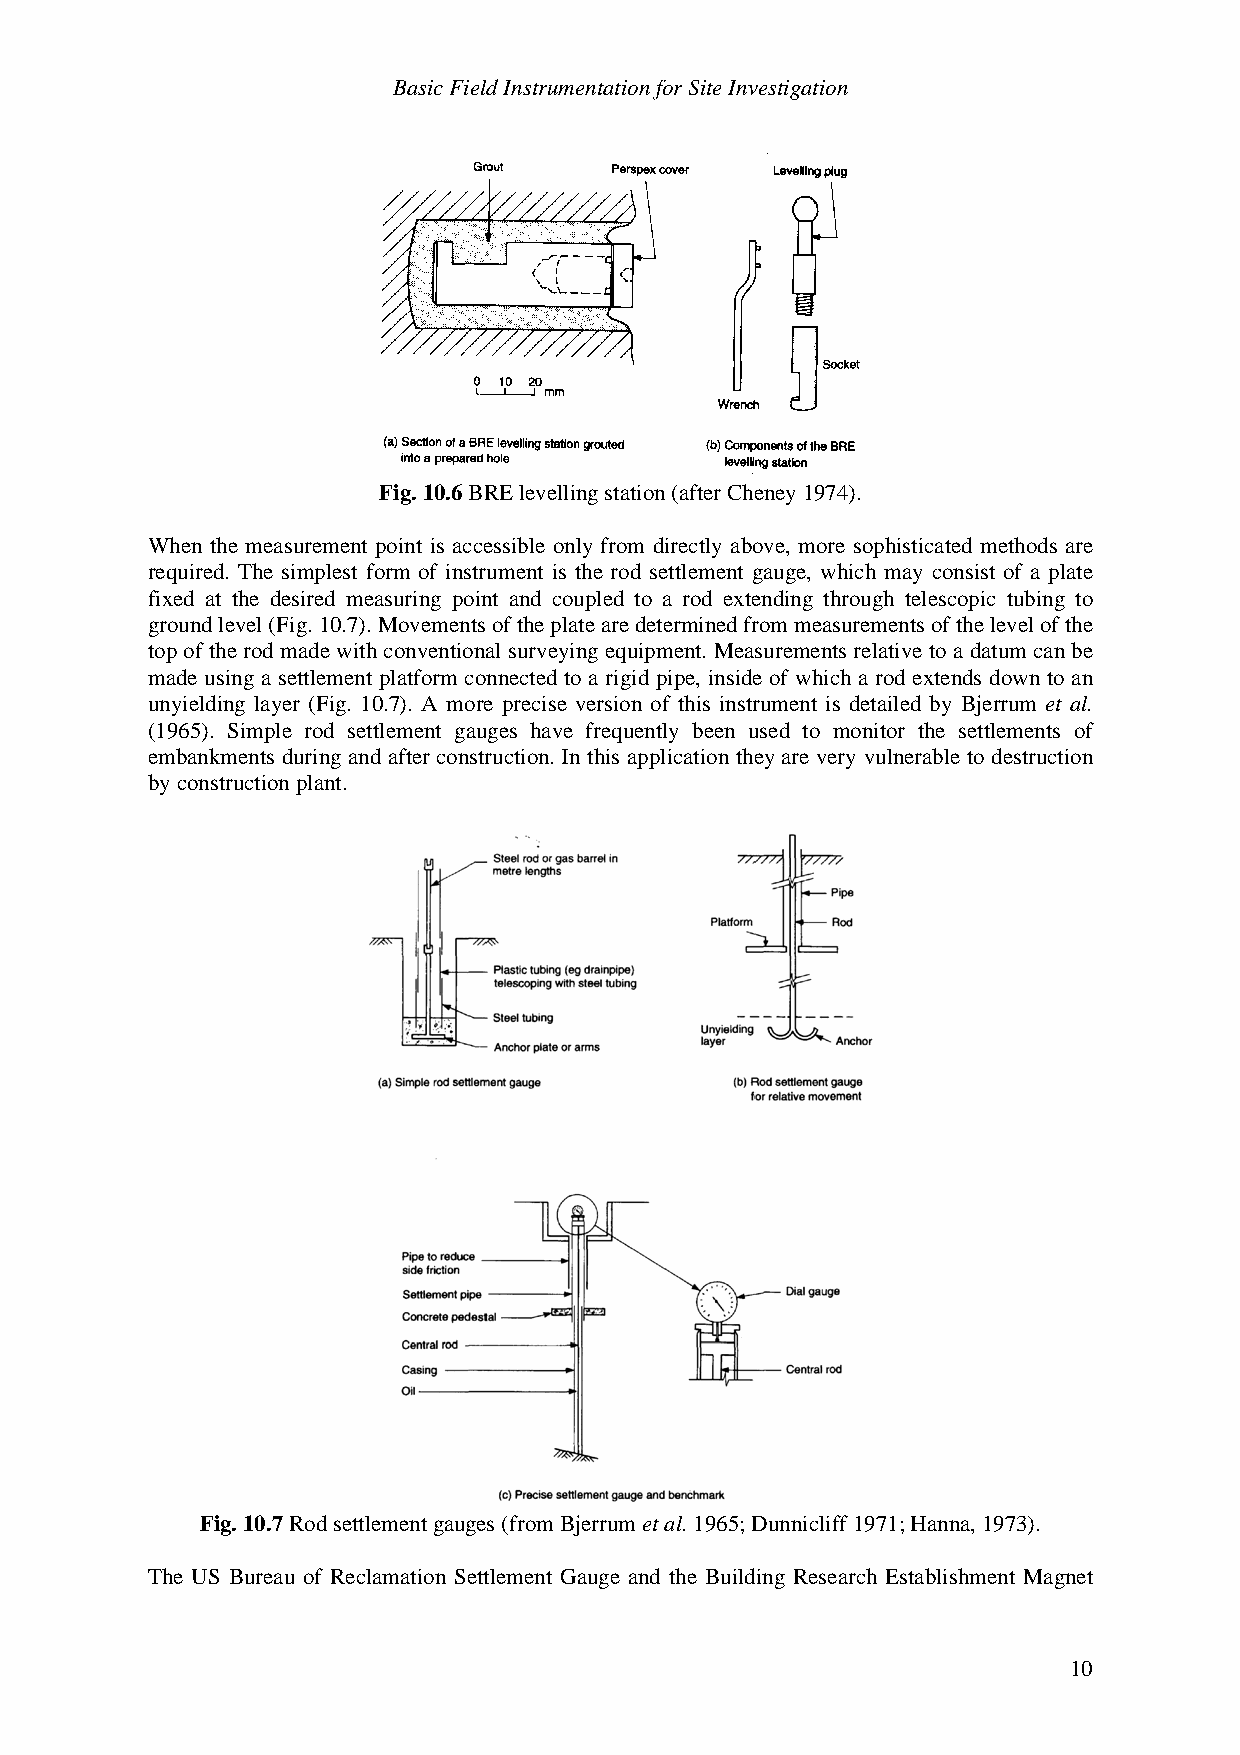
Basic Field Instrumentation for Site Investigation
 Fig. 10.6 BRE levelling station (after Cheney 1974).
 When the measurement point is accessible only from directly above, more sophisticated methods are
 required. The simplest form of instrument is the rod settlement gauge, which may consist of a plate
 fixed at the desired measuring point and coupled to a rod extending through telescopic tubing to
 ground level (Fig. 10.7). Movements of the plate are determined from measurements of the level of the
 top of the rod made with conventional surveying equipment. Measurements relative to a datum can be
 made using a settlement platform connected to a rigid pipe, inside of which a rod extends down to an
 unyielding layer (Fig. 10.7). A more precise version of this instrument is detailed by Bjerrum et al.
 (1965). Simple rod settlement gauges have frequently been used to monitor the settlements of
 embankments during and after construction. In this application they are very vulnerable to destruction
 by construction plant.
 Fig. 10.7 Rod settlement gauges (from Bjerrum et al. 1965; Dunnicliff 1971; Hanna, 1973).
 The US Bureau of Reclamation Settlement Gauge and the Building Research Establishment Magnet
 10